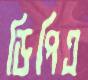
ডিপিএ